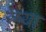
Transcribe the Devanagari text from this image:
रेष्या